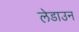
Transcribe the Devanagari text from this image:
लेडाउन